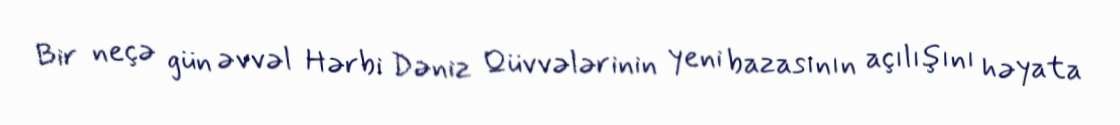
Bir neçə gün əvvəl Hərbi Dəniz Qüvvələrinin yeni bazasının açılışını həyata